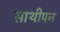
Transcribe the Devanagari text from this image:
साथीपन